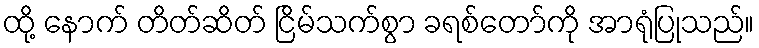
ထို့ နောက် တိတ်ဆိတ် ငြိမ်သက်စွာ ခရစ်တော်ကို အာရုံပြုသည်။